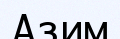
Азим